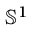
{ \mathbb S } ^ { 1 }